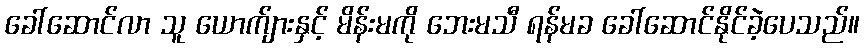
ခေါ်ဆောင်လာ သူ ယောက်ျားနှင့် မိန်းမကို ဘေးမသီ ရန်မခ ခေါ်ဆောင်နိုင်ခဲ့ပေသည်။